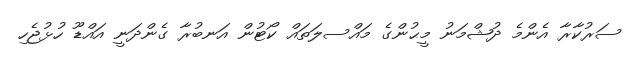
ސަރުކާރާ އެންމެ ދުޝްމަނު މީޙުންގެ މައްސލަތައް ކޯޓުން އަނބުރާ ގެންދަނީ އައްޑޫ ހުޅުޖެހި